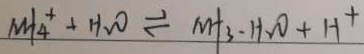
M H _ { 4 } ^ { + } + H _ { 2 } O \rightleftharpoons M H _ { 3 } - H _ { 2 } O + H ^ { + }